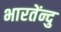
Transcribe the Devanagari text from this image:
भारतेंन्दु